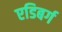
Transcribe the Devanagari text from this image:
एडिबर्ग